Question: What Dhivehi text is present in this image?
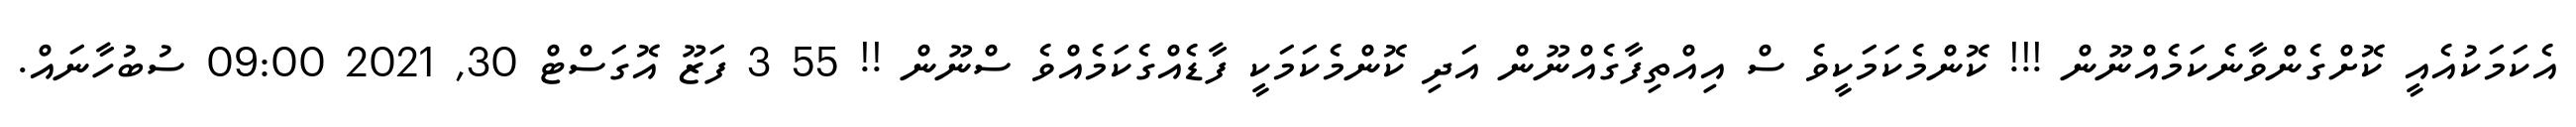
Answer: އެކަމަކުއެއީ ކޮށްގެންވާނެކަމެއްނޫން !!! ކޮންމެކަމަކީވެ ސް އިއްތިފާގެއްނޫން އަދި ކޮންމެކަމަކީ ފާޑެއްގެކަމެއްވެ ސްނޫން !! 55 3 ފަޒޫ އޮގަސްޓް 30, 2021 09:00 ސުބުހާނައް.